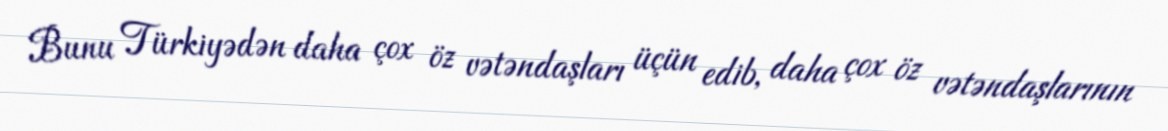
Bunu Türkiyədən daha çox öz vətəndaşları üçün edib, daha çox öz vətəndaşlarının